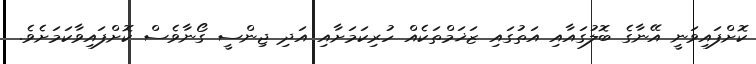
ކޮށްފައިވަނީ އޭނާގެ ބޮލުގައާއި އަތުގައި ޒަޚަމްތަކެއް ހުރިކަމަށާއި އަދި ޖިންސީ ގޯނާވެސް ކޮށްފައިވާކަމަށެވެ.